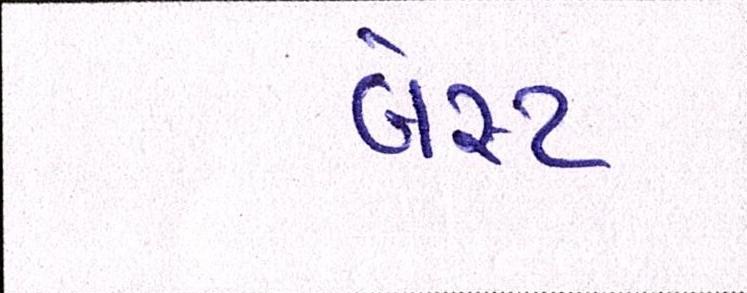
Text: બેસ્ટ